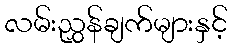
လမ်းညွှန်ချက်များနှင့်